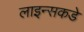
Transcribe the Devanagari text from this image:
लाइन्सकडे